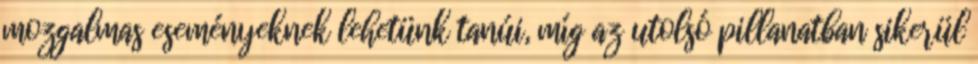
mozgalmas eseményeknek lehetünk tanúi, míg az utolsó pillanatban sikerül